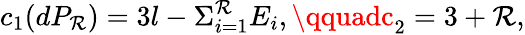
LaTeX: c_{1}(dP_{\mathcal{R}})=3l-\Sigma_{i=1}^{\mathcal{R}}E_{i},\qquadc_{2}=3+\mathcal{R},